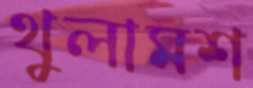
থুলামশ